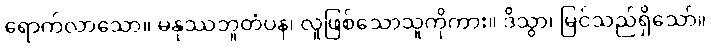
ရောက်လာသော။ မနုဿဘူတံပန၊ လူဖြစ်သောသူကိုကား။ ဒိသွာ၊ မြင်သည်ရှိသော်။